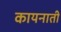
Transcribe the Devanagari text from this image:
कायनाती